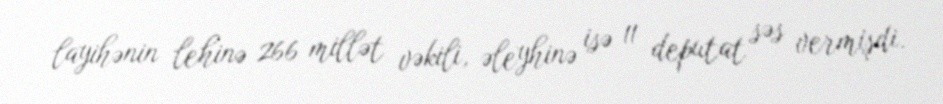
layihənin lehinə 266 millət vəkili, əleyhinə isə 11 deputat səs vermişdi.